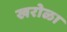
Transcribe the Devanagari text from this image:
खरोळा